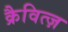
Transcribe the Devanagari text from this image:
क्रैवित्ज़